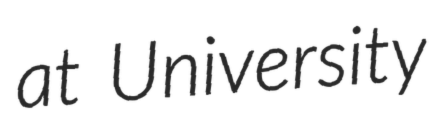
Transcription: at University